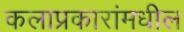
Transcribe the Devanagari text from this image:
कलाप्रकारांमधील